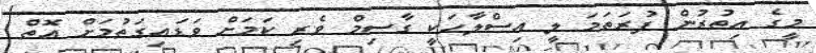
މީގެ އިތުރުން ފުރަތަމަ ލީ އިސްލާހަކީ ގާސިމް ވެރި ކަމަށް ވަޑައިގަތުމަށް އޮތް